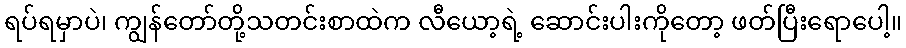
ရပ်ရမှာပဲ၊ ကျွန်တော်တို့သတင်းစာထဲက လီယော့ရဲ့ ဆောင်းပါးကိုတော့ ဖတ်ပြီးရောပေါ့။